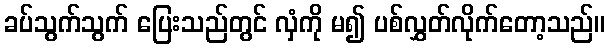
ခပ်သွက်သွက် ပြေးသည်တွင် လှံကို မ၍ ပစ်လွှတ်လိုက်တော့သည်။